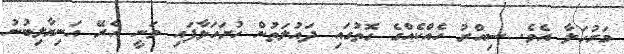
މަރުހަލާ އެވެ. ސިއްރު ހެއްކެއްގެ ގޮތުގައި ދައުލަތުން ހުށަހަޅާފައި ވަނީ އެރޭ އަނިޔާލިބުނު